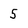
Character: 5